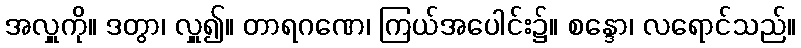
အလှူကို။ ဒတွာ၊ လှူ၍။ တာရဂဏေ၊ ကြယ်အပေါင်း၌။ စန္ဒော၊ လရောင်သည်။